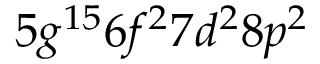
5 g ^ { 1 5 } 6 f ^ { 2 } 7 d ^ { 2 } 8 p ^ { 2 }